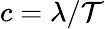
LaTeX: c=\lambda/\mathcal{T}